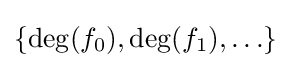
\{\deg(f_{0}),\deg(f_{1}),\ldots \}